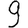
Digit: 9